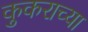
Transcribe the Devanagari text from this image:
कुकराच्या